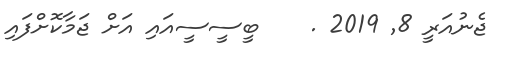
ޖެނުއަރީ 8